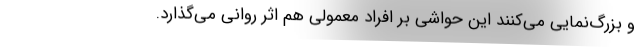
و بزرگ‌نمایی می‌کنند این حواشی بر افراد معمولی هم اثر روانی می‌گذارد.